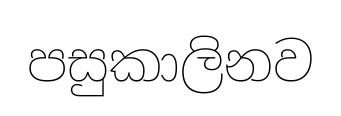
පසුකාලිනව